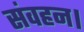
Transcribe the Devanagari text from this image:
संवहन।